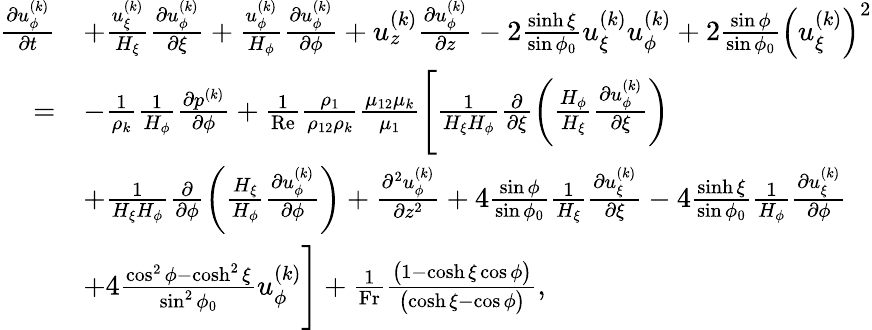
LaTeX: \begin{array}{r}{\begin{array}{rl}{\frac{\partial u_{\phi}^{(k)}}{\partial t}}&{+\frac{u_{\xi}^{(k)}}{H_{\xi}}\frac{\partial u_{\phi}^{(k)}}{\partial\xi}+\frac{u_{\phi}^{(k)}}{H_{\phi}}\frac{\partial u_{\phi}^{(k)}}{\partial\phi}+u_{z}^{(k)}\frac{\partial u_{\phi}^{(k)}}{\partial z}-2\frac{\sinh\xi}{\sin\phi_{0}}u_{\xi}^{(k)}u_{\phi}^{(k)}+2\frac{\sin\phi}{\sin\phi_{0}}\left(u_{\xi}^{(k)}\right)^{2}}\\ {=}&{-\frac{1}{\rho_{k}}\frac{1}{H_{\phi}}\frac{\partial p^{(k)}}{\partial\phi}+\frac{1}{\mathrm{Re}}\frac{\rho_{1}}{\rho_{12}\rho_{k}}\frac{\mu_{12}\mu_{k}}{\mu_{1}}\Biggl[\frac{1}{H_{\xi}H_{\phi}}\frac{\partial}{\partial\xi}\biggl(\frac{H_{\phi}}{H_{\xi}}\frac{\partial u_{\phi}^{(k)}}{\partial\xi}\biggr)}\\ &{+\frac{1}{H_{\xi}H_{\phi}}\frac{\partial}{\partial\phi}\biggl(\frac{H_{\xi}}{H_{\phi}}\frac{\partial u_{\phi}^{(k)}}{\partial\phi}\biggr)+\frac{\partial^{2}u_{\phi}^{(k)}}{\partial z^{2}}+4\frac{\sin\phi}{\sin\phi_{0}}\frac{1}{H_{\xi}}\frac{\partial u_{\xi}^{(k)}}{\partial\xi}-4\frac{\sinh\xi}{\sin\phi_{0}}\frac{1}{H_{\phi}}\frac{\partial u_{\xi}^{(k)}}{\partial\phi}}\\ &{+4\frac{\cos^{2}\phi-\cosh^{2}\xi}{\sin^{2}\phi_{0}}u_{\phi}^{(k)}\Biggr]+\frac{1}{\mathrm{Fr}}\frac{\bigl(1-\cosh\xi\cos\phi\bigr)}{\bigl(\cosh\xi-\cos\phi\bigr)},}\end{array}}\end{array}